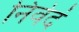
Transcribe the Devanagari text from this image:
निवेदं